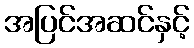
အပြင်အဆင်နှင့်